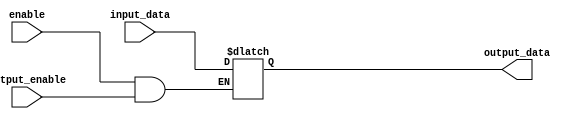
module bidirectional_buffer (
    input enable,
    input output_enable,
    input input_data,
    output reg output_data
);

// Tri-state buffer logic
always @ (enable or output_enable or input_data)
begin
    if (enable && output_enable) begin
        output_data <= input_data;
    end
end

endmodule